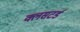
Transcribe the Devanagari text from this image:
क्लसटर्ड